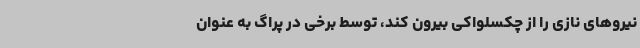
نیروهای نازی را از چکسلواکی بیرون کند، توسط برخی در پراگ به عنوان